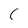
Character: C